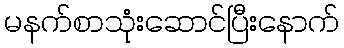
မနက်စာသုံးဆောင်ပြီးနောက်